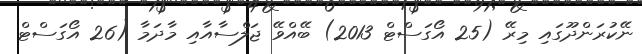
ނޭކުރަންދޫގައި މިރޭ (25 އޯގަސްޓް 2013) ބޭއްވޭ ޖަލްސާއާއި މާދަމާ (26 އޯގަސްޓް